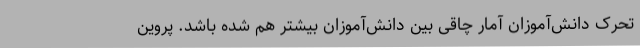
تحرک دانش‌آموزان آمار چاقی بین دانش‌آموزان بیشتر هم شده باشد. پروین